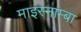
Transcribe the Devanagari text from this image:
माइस्नाम्बा